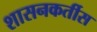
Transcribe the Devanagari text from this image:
शासनकर्तीस